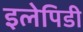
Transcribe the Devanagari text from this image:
इलेपिडी